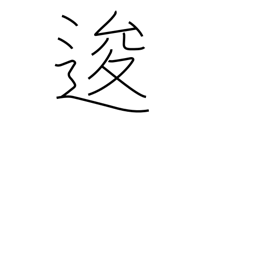
Meaning: go back